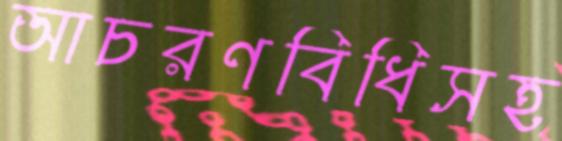
আচরণবিধিসহ